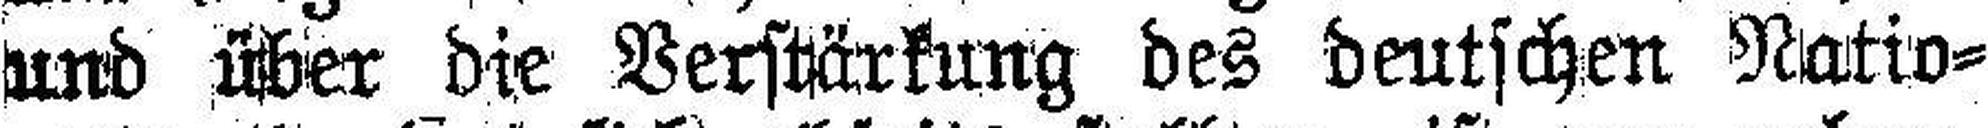
und über die Verstärkung des deutschen Natio¬